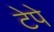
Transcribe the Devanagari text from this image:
टेपे